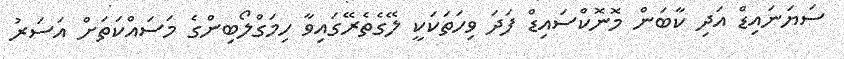
ސަޔަނައިޑް އަދި ކާބަން މޮނޮކްސައިޑް ފަދަ ވިހަތަކަކީ ލޭގެތެރޭގައިވާ ހިމަގްލޯބިންގެ މަސައްކަތަށް އަސަރު